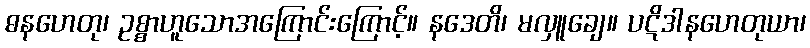
ဓနဟေတု၊ ဥစ္စာဟူသောအကြောင်းကြောင့်။ နဒေတိ၊ မလှူချေ။ ပဋိဒါနဟေတုယာ၊